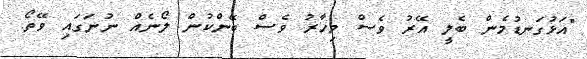
"އަޅުގަނޑުމެން ބެލީ އޭރު ވެސް މިހާރު ވެސް ބޭންކުން ލޯނެއް ނުނަގައި ވޭތޯ.